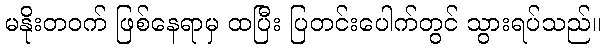
မနိုးတဝက် ဖြစ်နေရာမှ ထပြီး ပြတင်းပေါက်တွင် သွားရပ်သည်။